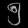
Digit: ၅